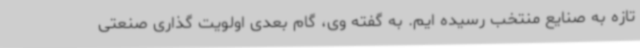
تازه به صنایع منتخب رسیده ایم. به گفته وی، گام بعدی اولویت گذاری صنعتی